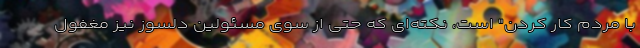
با مردم کار کردن" است، نکته‌ای که حتی از سوی مسئولین دلسوز نیز مغفول